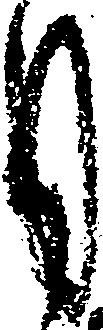
月